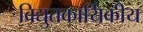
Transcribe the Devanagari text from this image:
विद्युतकार्यिकीय